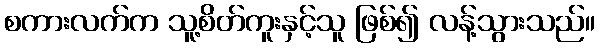
စကားလက်က သူ့စိတ်ကူးနှင့်သူ ဖြစ်၍ လန့်သွားသည်။